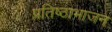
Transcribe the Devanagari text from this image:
प्रतिष्ठाभाजन